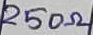
Text: 250Ω